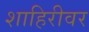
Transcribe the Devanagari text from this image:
शाहिरीवर